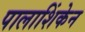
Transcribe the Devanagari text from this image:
पालाशिंकेन